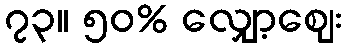
၇၃။ ၅၀% လျှော့စျေး